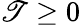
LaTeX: \mathscr{T}\ge0